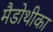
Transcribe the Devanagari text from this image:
मैडोथीका